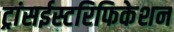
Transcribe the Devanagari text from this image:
ट्रांसईस्टरिफिकेशन